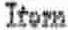
ITEM